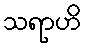
သရာဟိ